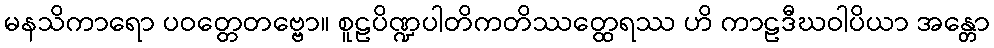
မနသိကာရော ပဝတ္တေတဗ္ဗော။ စူဠပိဏ္ဍပါတိကတိဿတ္ထေရဿ ဟိ ကာဠဒီဃဝါပိယာ အန္တော